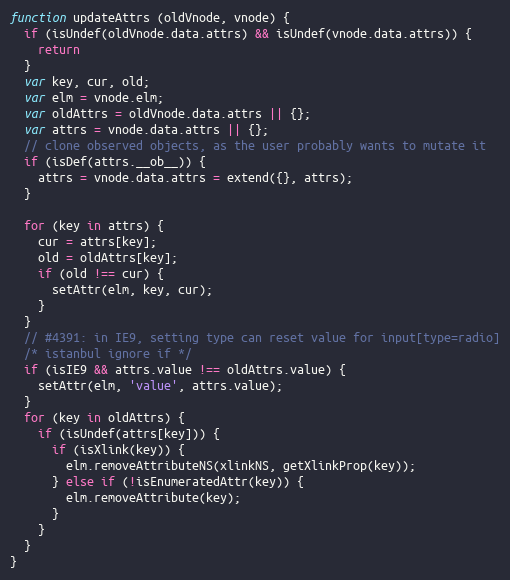
Language: JavaScript
function updateAttrs (oldVnode, vnode) {
  if (isUndef(oldVnode.data.attrs) && isUndef(vnode.data.attrs)) {
    return
  }
  var key, cur, old;
  var elm = vnode.elm;
  var oldAttrs = oldVnode.data.attrs || {};
  var attrs = vnode.data.attrs || {};
  // clone observed objects, as the user probably wants to mutate it
  if (isDef(attrs.__ob__)) {
    attrs = vnode.data.attrs = extend({}, attrs);
  }

  for (key in attrs) {
    cur = attrs[key];
    old = oldAttrs[key];
    if (old !== cur) {
      setAttr(elm, key, cur);
    }
  }
  // #4391: in IE9, setting type can reset value for input[type=radio]
  /* istanbul ignore if */
  if (isIE9 && attrs.value !== oldAttrs.value) {
    setAttr(elm, 'value', attrs.value);
  }
  for (key in oldAttrs) {
    if (isUndef(attrs[key])) {
      if (isXlink(key)) {
        elm.removeAttributeNS(xlinkNS, getXlinkProp(key));
      } else if (!isEnumeratedAttr(key)) {
        elm.removeAttribute(key);
      }
    }
  }
}